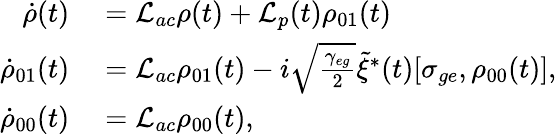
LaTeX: \begin{array}{rl}{\dot{\rho}(t)}&{{}=\mathcal{L}_{ac}\rho(t)+\mathcal{L}_{p}(t)\rho_{01}(t)}\\ {\dot{\rho}_{01}(t)}&{{}=\mathcal{L}_{ac}\rho_{01}(t)-i\sqrt{\frac{\gamma_{eg}}{2}}\tilde{\xi}^{*}(t)[\sigma_{ge},\rho_{00}(t)],}\\ {\dot{\rho}_{00}(t)}&{{}=\mathcal{L}_{ac}\rho_{00}(t),}\end{array}